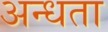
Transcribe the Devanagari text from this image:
अन्‍धता